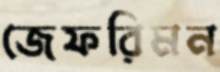
জেফরিমন